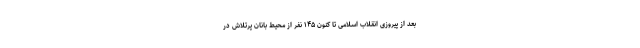
بعد از پیروزی انقلاب اسلامی تا کنون ۱۴۵ نفر از محیط بانان پرتلاش در